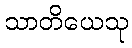
သာတိယေသု